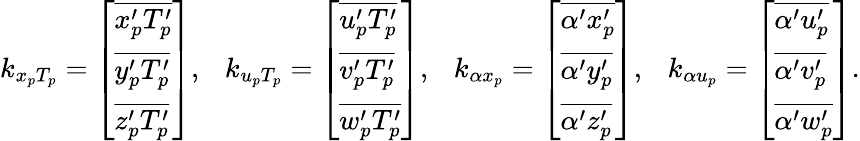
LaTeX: \begin{array}{r}{k_{x_{p}T_{p}}=\left[\begin{array}{l}{\overline{{{x_{p}^{\prime}}T_{p}^{\prime}}}}\\ {\overline{{{y_{p}^{\prime}}T_{p}^{\prime}}}}\\ {\overline{{{z_{p}^{\prime}}T_{p}^{\prime}}}}\end{array}\right],\ \ \ k_{u_{p}T_{p}}=\left[\begin{array}{l}{\overline{{{u_{p}^{\prime}}T_{p}^{\prime}}}}\\ {\overline{{{v_{p}^{\prime}}T_{p}^{\prime}}}}\\ {\overline{{{w_{p}^{\prime}}T_{p}^{\prime}}}}\end{array}\right],\ \ \ k_{\alpha x_{p}}=\left[\begin{array}{l}{\overline{{\alpha^{\prime}{x_{p}^{\prime}}}}}\\ {\overline{{\alpha^{\prime}{y_{p}^{\prime}}}}}\\ {\overline{{\alpha^{\prime}{z_{p}^{\prime}}}}}\end{array}\right],\ \ \ k_{\alpha u_{p}}=\left[\begin{array}{l}{\overline{{\alpha^{\prime}{u_{p}^{\prime}}}}}\\ {\overline{{\alpha^{\prime}{v_{p}^{\prime}}}}}\\ {\overline{{\alpha^{\prime}{w_{p}^{\prime}}}}}\end{array}\right].}\end{array}